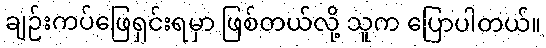
ချဉ်းကပ်ဖြေရှင်းရမှာ ဖြစ်တယ်လို့ သူက ပြောပါတယ်။